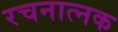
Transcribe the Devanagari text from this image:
रचनात्नक